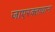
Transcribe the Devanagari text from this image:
जाएरक्ताधान